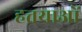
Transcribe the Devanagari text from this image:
हत्तयाओं